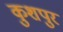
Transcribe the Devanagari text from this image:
कुशपुर